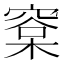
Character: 㮤